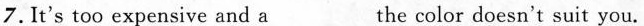
7.It's too expensive and a___the color doesn't suit you.